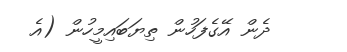
ދެން އޭގެފަހުން ތިޔަބައިމީހުން (އެ